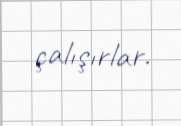
çalışırlar.